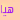
هيا